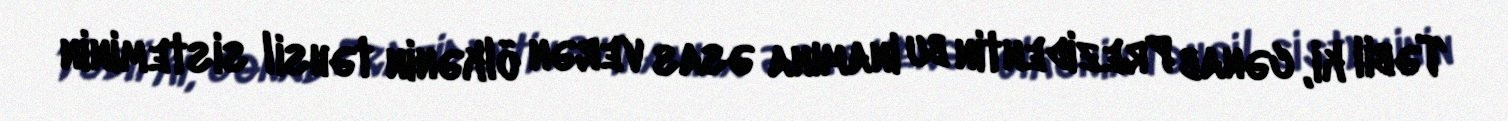
Təbii ki, cənab Prezidentin bu inamına əsas verən ölkənin təhsil sisteminin